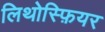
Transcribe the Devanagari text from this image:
लिथोस्फ़ियर